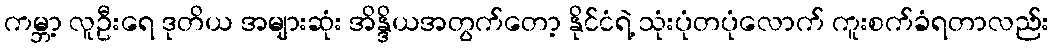
ကမ္ဘာ့ လူဦးရေ ဒုတိယ အများဆုံး အိန္ဒိယအတွက်တော့ နိုင်ငံရဲ့ သုံးပုံတပုံလောက် ကူးစက်ခံရတာလည်း